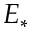
E _ { \ast }